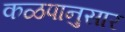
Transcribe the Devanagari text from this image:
कळपानुसार